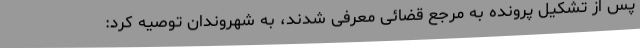
پس از تشکیل پرونده به مرجع قضائی معرفی شدند، به شهروندان توصیه کرد: